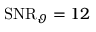
\mathrm { S N R } _ { \vartheta } = 1 2